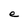
Character: e